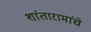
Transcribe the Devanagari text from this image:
शांतारामांचे